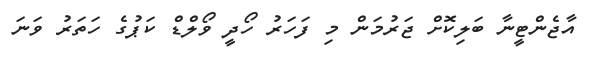
އާޖެންޓީނާ ބަލިކޮށް ޖަރުމަން މި ފަހަރު ހޯދީ ވޯލްޑް ކަޕުގެ ހަތަރު ވަނަ